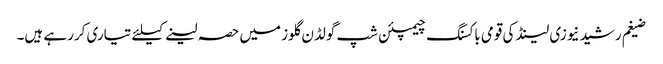
ضیغم رشید نیوزی لینڈ کی قومی باکسنگ چیمپئن شپ گولڈن گلوز میں حصہ لینے کیلئے تیاری کررہے ہیں۔